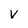
Character: v